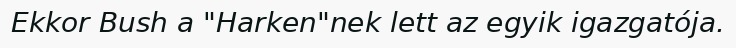
Ekkor Bush a "Harken"nek lett az egyik igazgatója.